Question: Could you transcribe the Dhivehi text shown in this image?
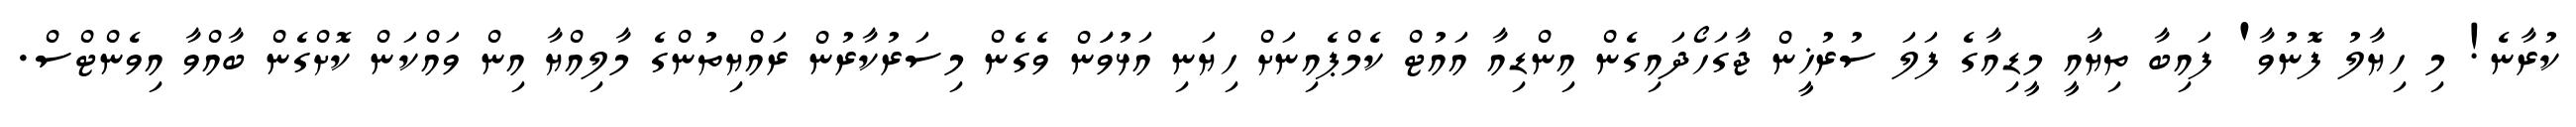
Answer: ކުރާނެ! މި ހިޔާލު ފޮނުވާ' ފައިބާ ތިޔާއީ މީޑިއާގެ ފަލަ ސުރުޚީން ޖާގަހޯދައިގެން އިންޑިއާ އައުޓް ކެމްޕެއިނަށް ހިޔަނި އަޅުވަަަން ވެގެން މިސަރުކާރުން ރައްޔިތުންގެ މާލިއްޔާ އިން ވައްކަން ކޮށްގެން ބާއްވާ އިވެންޓްސް.